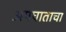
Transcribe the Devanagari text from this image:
अपघाताचा